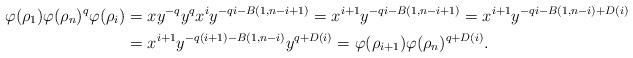
LaTeX: \begin{align*} \varphi(\rho_1) \varphi(\rho_n)^q \varphi(\rho_{i})&=x y^{-q} y^q x^i y^{-qi-B(1,n-i+1)}=x^{i+1} y^{-qi-B(1,n-i+1)}=x^{i+1} y^{-qi-B(1,n-i)+D(i)}\\ &=x^{i+1}y^{-q(i+1)-B(1,n-i)}y^{q+D(i)}=\varphi(\rho_{{i+1}})\varphi( \rho_n)^{q+D(i)}.\end{align*}